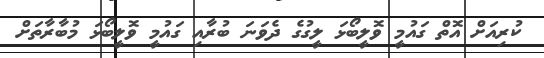
ކުރިއަށް އޮތް ގައުމީ ވޮލީބޯޅަ ލީގުގެ ދެވަނަ ބުރާއި ގައުމީ ވޮލީބޯޅަ މުބާރާތަށް